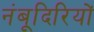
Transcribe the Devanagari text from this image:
नंबूदिरियों